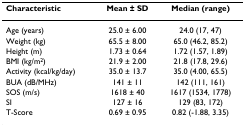
| Characteristic | Mean ± SD | Median (range) |
 | --- | --- | --- |
 | Age (years) | 25.0 ± 6.00 | 24.0 (17, 47) |
 | Weight (kg) | 65.5 ± 8.00 | 65.0 (46.2, 85.2) |
 | Height (m) | 1.73 ± 0.64 | 1.72 (1.57, 1.89) |
 | BMI (kg/m2) | 21.9 ± 2.00 | 21.8 (17.8, 29.6) |
 | Activity (kcal/kg/day) | 35.0 ± 13.7 | 35.0 (4.00, 65.5) |
 | BUA (dB/MHz) | 141 ± 11 | 142 (111, 161) |
 | SOS (m/s) | 1618 ± 40 | 1617 (1534, 1778) |
 | SI | 127 ± 16 | 129 (83, 172) |
 | T-Score | 0.69 ± 0.95 | 0.82 (-1.88, 3.35) |